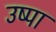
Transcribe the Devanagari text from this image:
उष्पा